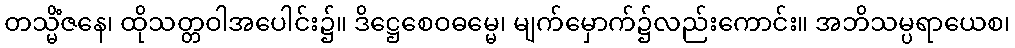
တသ္မိံဇနေ၊ ထိုသတ္တဝါအပေါင်း၌။ ဒိဋ္ဌေစေဝဓမ္မေ၊ မျက်မှောက်၌လည်းကောင်း။ အဘိသမ္ပရာယေစ၊